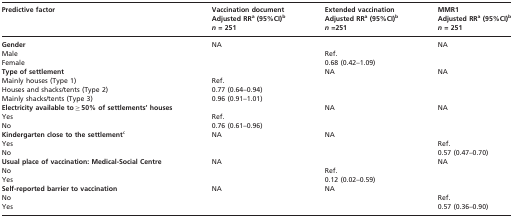
| <ROWSPAN=2> Predictive factor | Vaccination document | Extended vaccination | MMR1 |
 | Adjusted RRa (95%CI)b | Adjusted RRa (95%CI)b | Adjusted RRa (95%CI)b |
 |  | n = 251 | n =251 | n = 251 |
 | --- | --- | --- | --- |
 | Gender | NA |  | NA |
 | Male |  | Ref. |  |
 | Female |  | 0.68 (0.42–1.09) |  |
 | Type of settlement |  | NA | NA |
 | Mainly houses (Type 1) | Ref. |  |  |
 | Houses and shacks/tents (Type 2) | 0.77 (0.64–0.94) |  |  |
 | Mainly shacks/tents (Type 3) | 0.96 (0.91–1.01) |  |  |
 | Electricity available to ≥ 50% of settlements’ houses |  | NA | NA |
 | Yes | Ref. |  |  |
 | No | 0.76 (0.61–0.96) |  |  |
 | Kindergarten close to the settlementc | NA | NA |  |
 | Yes |  |  | Ref. |
 | No |  |  | 0.57 (0.47–0.70) |
 | Usual place of vaccination: Medical-Social Centre | NA |  | NA |
 | No |  | Ref. |  |
 | Yes |  | 0.12 (0.02–0.59) |  |
 | Self-reported barrier to vaccination | NA | NA |  |
 | No |  |  | Ref. |
 | Yes |  |  | 0.57 (0.36–0.90) |